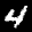
Label: 4